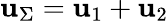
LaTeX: \mathbf{u}_{\Sigma}=\mathbf{u}_{1}+\mathbf{u}_{2}